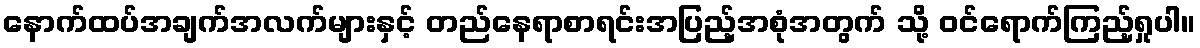
နောက်ထပ်အချက်အလက်များနှင့် တည်နေရာစာရင်းအပြည့်အစုံအတွက် သို့ ဝင်ရောက်ကြည့်ရှုပါ။